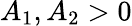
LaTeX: A_{1},A_{2}>0